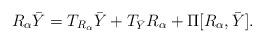
LaTeX: \begin{align*}R_\alpha\bar Y = T_{R_\alpha}\bar Y + T_{\bar Y}R_\alpha + \Pi[R_\alpha,\bar Y].\end{align*}